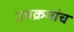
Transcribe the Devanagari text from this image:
उपक्रमांच